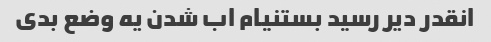
انقدر دیر رسید بستنیام اب شدن یه وضع بدی